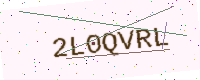
Text: 2L0QVRL